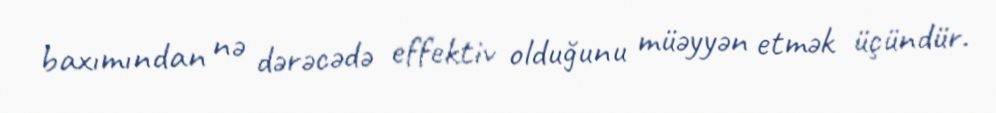
baxımından nə dərəcədə effektiv olduğunu müəyyən etmək üçündür.